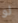
لو